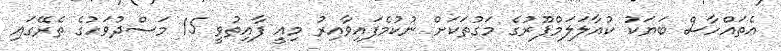
އެތައްހާސް ބަޔަކު ކުއާލަލަމްޕޫރުގެ މަގުތަކަށް ނުކުމެފައިވާއިރު މިއީ ފާއިތުވީ 15 މަސްދުވަހުގެ ތެރޭގައި